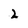
Character: 2